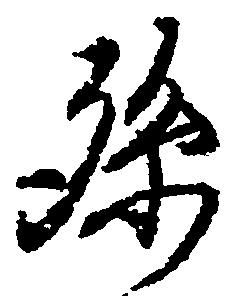
孫